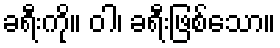
ခရီးကို။ ဝါ၊ ခရီးဖြစ်သော။